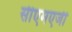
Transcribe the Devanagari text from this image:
सीएमएजी